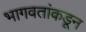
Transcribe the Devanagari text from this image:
भागवतांकडून